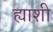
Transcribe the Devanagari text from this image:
ह्याशी